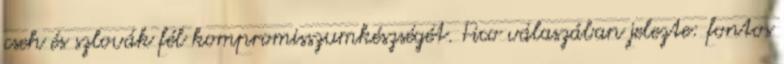
cseh és szlovák fél kompromisszumkészségét. Fico válaszában jelezte: fontos